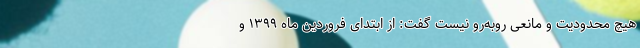
هیچ محدودیت و مانعی روبه‌رو نیست گفت: از ابتدای فروردین ماه ۱۳۹۹ و